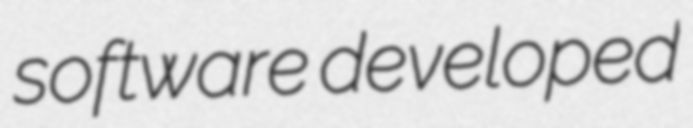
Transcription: software developed